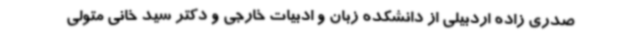
صدری زاده اردبیلی از دانشکده زبان و ادبیات خارجی و دکتر سید خانی متولی